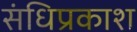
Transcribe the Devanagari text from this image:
संधिप्रकाश